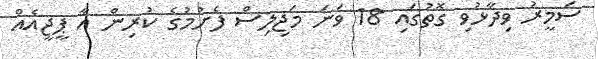
ސަމީރު ވިދާޅުވި ގޮތުގައި 18 ވަނަ މަޖިލިސް ފެށުމުގެ ކުރިން އާ ޕީޖީއެއް